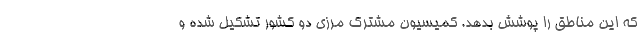
كه اين مناطق را پوشش بدهد. كميسيون مشترك مرزي دو كشور تشكيل شده و